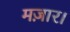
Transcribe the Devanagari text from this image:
मज़ार।